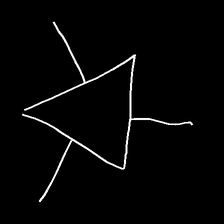
Glyph: fire